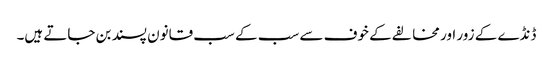
ڈنڈے کے زور اور مخالفے کے خوف سے سب کے سب قانون پسند بن جاتے ہیں۔